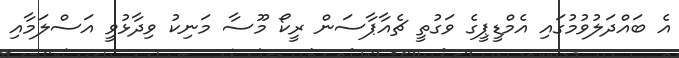
އެ ބައްދަލުވުމުގައި އެމްޑީޕީގެ ވަގުތީ ޗެއާޕާސަން ރީކޯ މޫސާ މަނިކު ވިދާޅުވީ އަސްލަމާއި